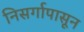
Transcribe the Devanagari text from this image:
निसर्गापासून